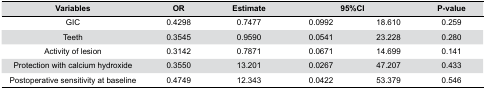
<table><thead><tr><td><b>Variables</b></td><td><b>OR</b></td><td><b>Estimate</b></td><td colspan="2"><b>95%CI</b></td><td><b>P-value</b></td></tr></thead><tbody><tr><td>GIC</td><td>0.4298</td><td>0.7477</td><td>0.0992</td><td>18.610</td><td>0.259</td></tr><tr><td>Teeth</td><td>0.3545</td><td>0.9590</td><td>0.0541</td><td>23.228</td><td>0.280</td></tr><tr><td>Activity of lesion</td><td>0.3142</td><td>0.7871</td><td>0.0671</td><td>14.699</td><td>0.141</td></tr><tr><td>Protection with calcium hydroxide</td><td>0.3550</td><td>13.201</td><td>0.0267</td><td>47.207</td><td>0.433</td></tr><tr><td>Postoperative sensitivity at baseline</td><td>0.4749</td><td>12.343</td><td>0.0422</td><td>53.379</td><td>0.546</td></tr></tbody></table>